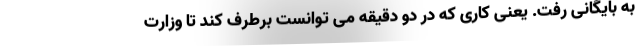
به بایگانی رفت. یعنی کاری که در دو دقیقه می توانست برطرف کند تا وزارت